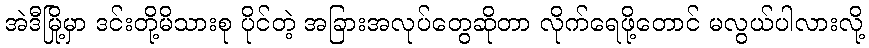
အဲဒီမြို့မှာ ဒင်းတို့မိသားစု ပိုင်တဲ့ အခြားအလုပ်တွေဆိုတာ လိုက်ရေဖို့တောင် မလွယ်ပါလားလို့